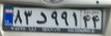
۸۳د۹۹۱۴۴